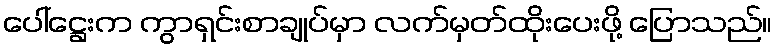
ပေါ်ဋ္ဌေးက ကွာရှင်းစာချုပ်မှာ လက်မှတ်ထိုးပေးဖို့ ပြောသည်။